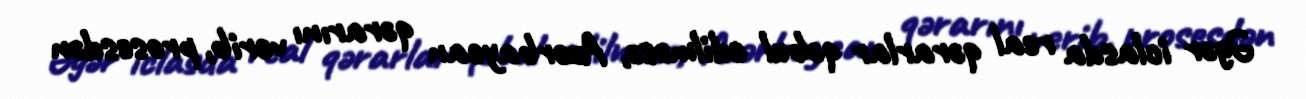
Əgər iclasda real qərarlar qəbul edilməsə, Azərbaycan qərarını verib, prosesdən